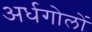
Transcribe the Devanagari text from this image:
अर्धगोलों